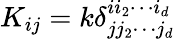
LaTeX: K_{ij}=k\delta_{jj_{2}\cdots j_{d}}^{ii_{2}\cdots i_{d}}\,